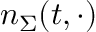
n _ { \Sigma } ( t , \cdot )